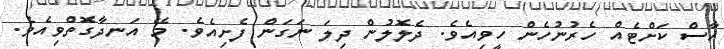
ހާސް ކަށްޓެއް ހެރުނުހެން ހީވިއެވެ. ދެލޮލުން ދިލަ ނަގަން ފެށިއެވެ. މޭ އަނދާގޮތްވިއެވެ.